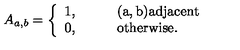
A _ { a , b } = \left\{ \begin{array} { l l } { 1 , \qquad } & { \mathrm { ( a , b ) a d j a c e n t } } \\ { 0 , \qquad } & { \mathrm { o t h e r w i s e . } } \\ \end{array} \right.